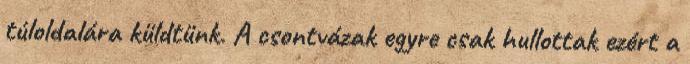
túloldalára küldtünk. A csontvázak egyre csak hullottak ezért a